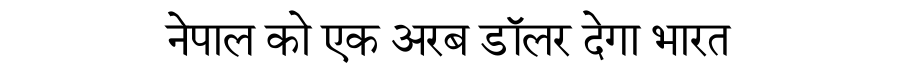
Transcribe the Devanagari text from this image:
नेपाल को एक अरब डॉलर देगा भारत